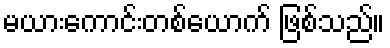
မယားကောင်းတစ်ယောက် ဖြစ်သည်။